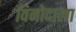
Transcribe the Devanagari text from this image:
विनोदाला